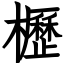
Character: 櫪